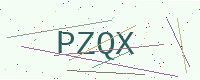
Text: PZQX